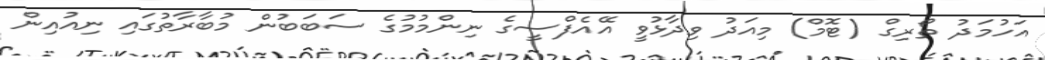
އަހުމަދު ތޯރިގް (ޓޮމް) މިއަދު ވިދާޅުވީ އޭއެފްސީގެ ނިންމުމުގެ ސަބަބުން މުބާރާތުގައި ނިއުއިން